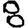
Digit: 8